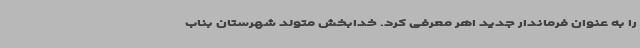
را به عنوان فرماندار جدید اهر معرفی کرد. خدابخش متولد شهرستان بناب